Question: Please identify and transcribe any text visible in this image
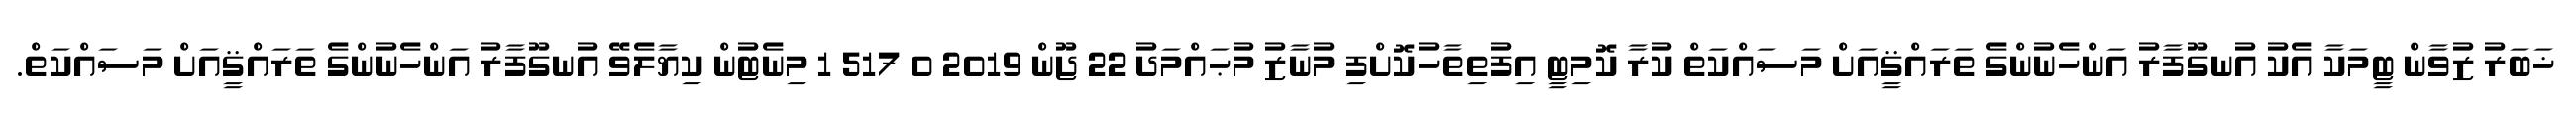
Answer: ޚަބަރު ޒުވާން ޓީމަކާ އެކު އުނގޫފާރު އަންހެނުންގެ ތަރައްޤީއަށް މަސައްކަތް ކުރާ ކޮމިޓީ އިފުތިތާހުކޮށްފި މުނާޒު މުޙައްމަދު 22 ޖޫން 2019 0 517 1 މިނެޓުން ކިޔާލެވޭ އުނގޫފާރު އަންހެނުންގެ ތަރައްޤީއަށް މަސައްކަތް.